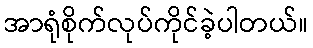
အာရုံစိုက်လုပ်ကိုင်ခဲ့ပါတယ်။